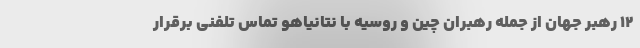
12 رهبر جهان از جمله رهبران چین و روسیه با نتانیاهو تماس تلفنی برقرار